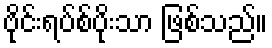
ဗိုင်းရပ်စ်ပိုးသာ ဖြစ်သည်။